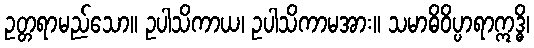
ဥတ္တရာမည်သော။ ဥပါသိကာယ၊ ဥပါသိကာမအား။ သမာဓိဝိပ္ပာရာဣဒ္ဓိ၊